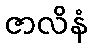
ဇာလိနံ